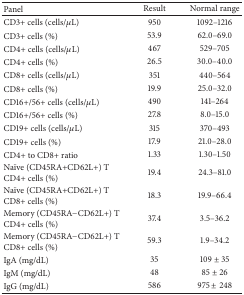
<table><thead><tr><td><b>Panel</b></td><td><b>Result</b></td><td><b>Normal range</b></td></tr></thead><tbody><tr><td>CD3+ cells (cells/<i>μ</i>L)</td><td>950</td><td>1092–1216</td></tr><tr><td>CD3+ cells (%)</td><td>53.9</td><td>62.0–69.0</td></tr><tr><td>CD4+ cells (cells/<i>μ</i>L)</td><td>467</td><td>529–705</td></tr><tr><td>CD4+ cells (%)</td><td>26.5</td><td>30.0–40.0</td></tr><tr><td>CD8+ cells (cells/<i>μ</i>L)</td><td>351</td><td>440–564</td></tr><tr><td>CD8+ cells (%)</td><td>19.9</td><td>25.0–32.0</td></tr><tr><td>CD16+/56+ cells (cells/<i>μ</i>L)</td><td>490</td><td>141–264</td></tr><tr><td>CD16+/56+ cells (%)</td><td>27.8</td><td>8.0–15.0</td></tr><tr><td>CD19+ cells (cells/<i>μ</i>L)</td><td>315</td><td>370–493</td></tr><tr><td>CD19+ cells (%)</td><td>17.9</td><td>21.0–28.0</td></tr><tr><td>CD4+ to CD8+ ratio</td><td>1.33</td><td>1.30–1.50</td></tr><tr><td>Naïve (CD45RA+CD62L+) T CD4+ cells (%)</td><td>19.4</td><td>24.3–81.0</td></tr><tr><td>Naïve (CD45RA+CD62L+) T CD8+ cells (%)</td><td>18.3</td><td>19.9–66.4</td></tr><tr><td>Memory (CD45RA−CD62L+) T CD4+ cells (%)</td><td>37.4</td><td>3.5–36.2</td></tr><tr><td>Memory (CD45RA−CD62L+) T CD8+ cells (%)</td><td>59.3</td><td>1.9–34.2</td></tr><tr><td>IgA (mg/dL)</td><td>35</td><td>109 ± 35</td></tr><tr><td>IgM (mg/dL)</td><td>48</td><td>85 ± 26</td></tr><tr><td>IgG (mg/dL)</td><td>586</td><td>975 ± 248</td></tr></tbody></table>